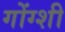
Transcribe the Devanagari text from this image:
गोंग्शी